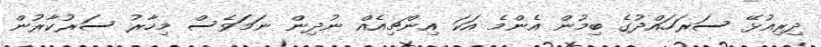
ދިރިއުޅޭ ސަރަހައްދުގެ ބިމުން އެންމެ އަކަ އިންޗިއެއް ނުދިން ނަމަަވެސް މިހާރު ސަރުކާރުން